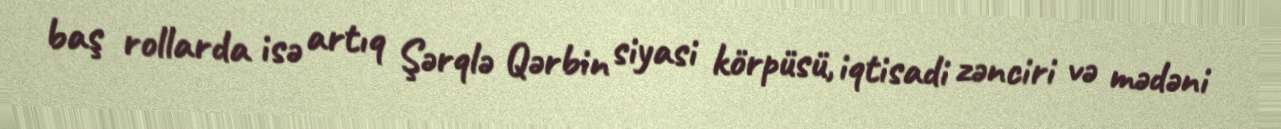
baş rollarda isə artıq Şərqlə Qərbin siyasi körpüsü, iqtisadi zənciri və mədəni